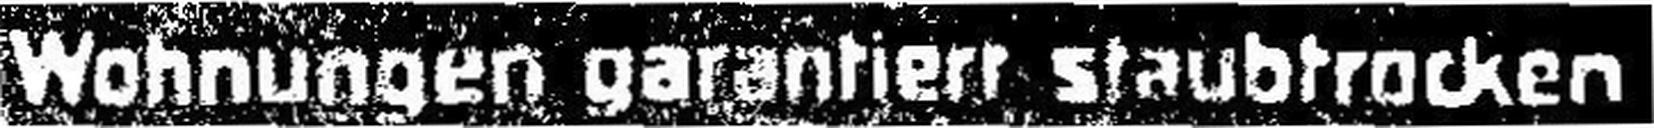
Wohnungen garantierr staubtracken